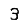
Digit: 3